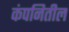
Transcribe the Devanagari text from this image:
कंपनितील